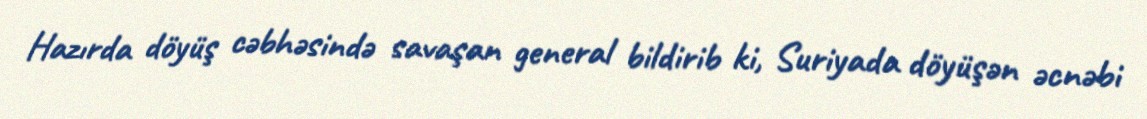
Hazırda döyüş cəbhəsində savaşan general bildirib ki, Suriyada döyüşən əcnəbi